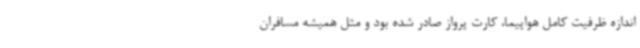
اندازه ظرفیت کامل هواپیما، کارت پرواز صادر شده بود و مثل همیشه مسافران